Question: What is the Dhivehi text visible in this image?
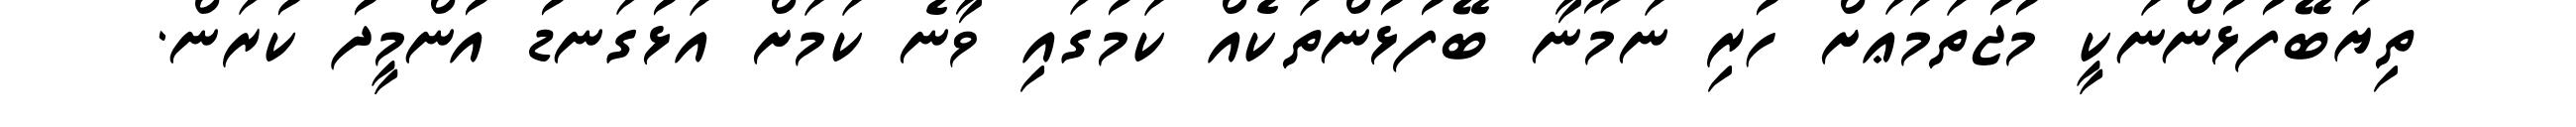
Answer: ތިޔަބޭފުޅުންނަކީ މުޖުތަމަޢަށް ހުރި ނަމޫނާ ބޭފުޅުންތަކެއް ކަމުގައި ވާނެ ކަމަށް އަޅުގަނޑު އުންމީދު ކުރަން.